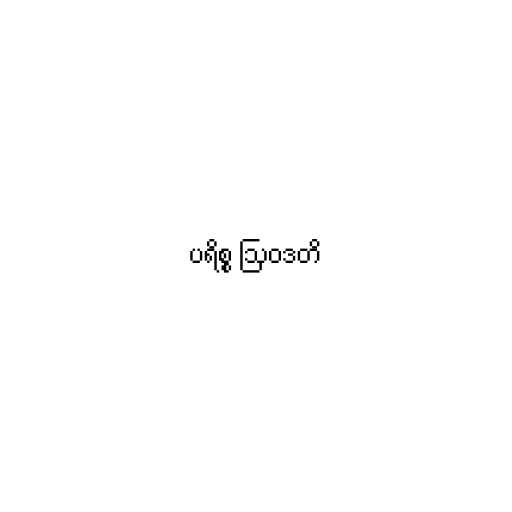
ပရိစ္စ ဩဝဒတိ